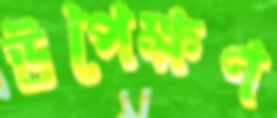
উপেক্ষণ